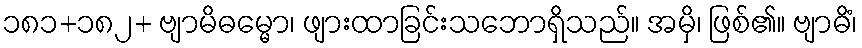
၁၈၁+၁၈၂+ ဗျာမိဓမ္မော၊ ဖျားထာခြင်းသဘောရှိသည်။ အမှိ၊ ဖြစ်၏။ ဗျာဓိံ၊